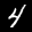
Label: 4